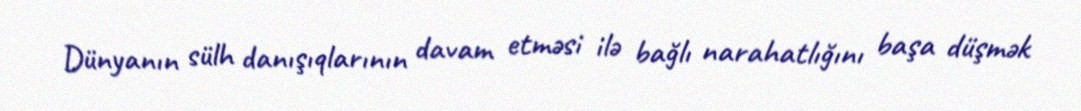
Dünyanın sülh danışıqlarının davam etməsi ilə bağlı narahatlığını başa düşmək